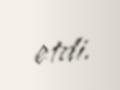
etdi.